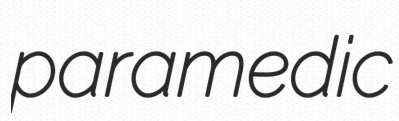
paramedic